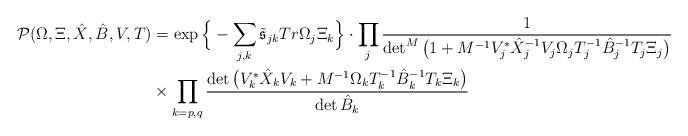
LaTeX: \begin{align*}\mathcal{P}( \Omega, \Xi, \hat{X}, \hat{B}, V, T)&=\exp\Big{\{} -\sum_{j,k}\tilde{\mathfrak{s}}_{jk} Tr \Omega_j\Xi_k\Big{\}}\cdot\prod_j\frac{1}{\det^M\big(1+M^{-1}V_j^*\hat{X}_j^{-1}V_j \Omega_jT_j^{-1}\hat{B}_j^{-1}T_j\Xi_j\big)}\\&\times\prod_{k=p,q}\frac{\det\big(V_k^*\hat{X}_kV_k+M^{-1} \Omega_k T_k^{-1}\hat{B}_k^{-1}T_k\Xi_k\big)}{\det \hat{B}_k} \end{align*}